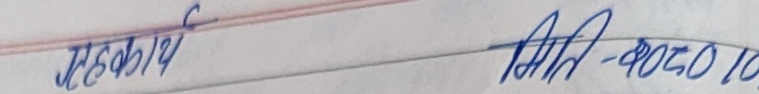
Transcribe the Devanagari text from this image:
यहिका19 अभि-802010